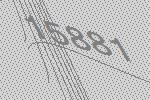
15881